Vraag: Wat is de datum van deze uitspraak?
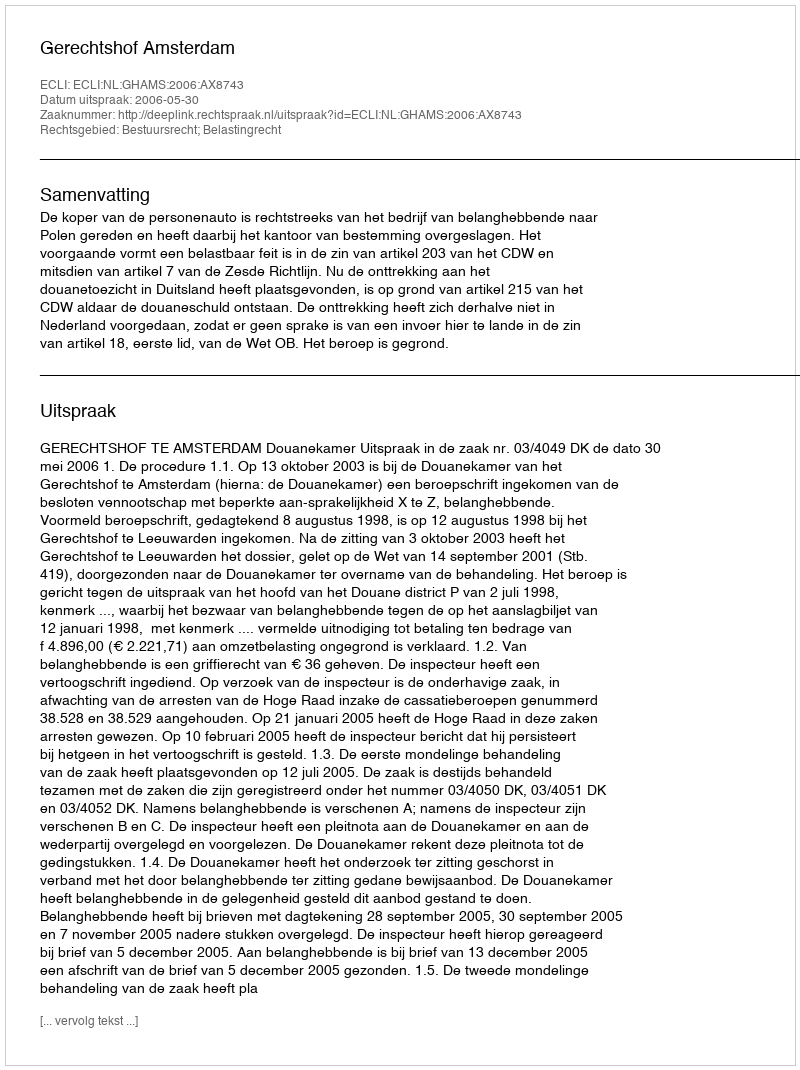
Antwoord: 2006-05-30